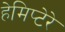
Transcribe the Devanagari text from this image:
हेमिप्टेरे